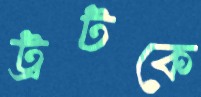
ট্রটকে